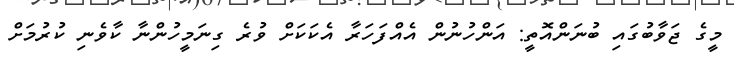
މީގެ ޖަވާބުގައި ބުނަންއޮތީ: އަންހުނުން އެއްފަހަރާ އެކަކަށް ވުރެ ގިނަމީހުންނާ ކާވެނި ކުރުމަށް